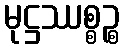
မုဋ္ဌဿစ္စဉ္စ